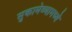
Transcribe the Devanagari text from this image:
सुकामेव्यामध्ये